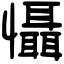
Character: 懾